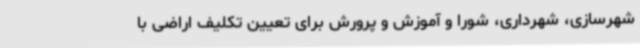
شهرسازی، شهرداری، شورا و آموزش و پرورش برای تعیین تکلیف اراضی با